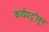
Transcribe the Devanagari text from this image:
कार्यपट्टीतून